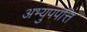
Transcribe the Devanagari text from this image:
अभ्युपपत्ति